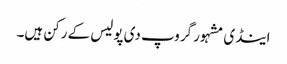
اینڈی مشہور گروپ دی پولیس کے رکن ہیں۔